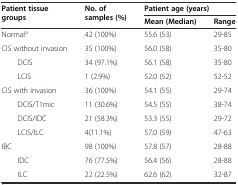
| <ROWSPAN=2> Patient tissue groups | <ROWSPAN=2> No. of samples (%) | <COLSPAN=2> Patient age (years) |
 | Mean (Median) | Range |
 | --- | --- | --- | --- |
 | Normala | 42 (100%) | 55.6 (53) | 29-85 |
 | CIS without invasion | 35 (100%) | 56.0 (58) | 35-80 |
 | DCIS | 34 (97.1%) | 56.1 (58) | 35-80 |
 | LCIS | 1 (2.9%) | 52.0 (52) | 52-52 |
 | CIS with invasion | 36 (100%) | 54.1 (55) | 29-74 |
 | DCIS/T1mic | 11 (30.6%) | 54.5 (55) | 38-74 |
 | DCIS/IDC | 21 (58.3%) | 53.3 (55) | 29-72 |
 | LCIS/ILC | 4(11.1%) | 57.0 (59) | 47-63 |
 | IBC | 98 (100%) | 57.8 (57) | 28-88 |
 | IDC | 76 (77.5%) | 56.4 (56) | 28-88 |
 | ILC | 22 (22.5%) | 62.6 (62) | 32-87 |